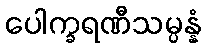
ပေါက္ခရဏီသမ္ပန္နံ